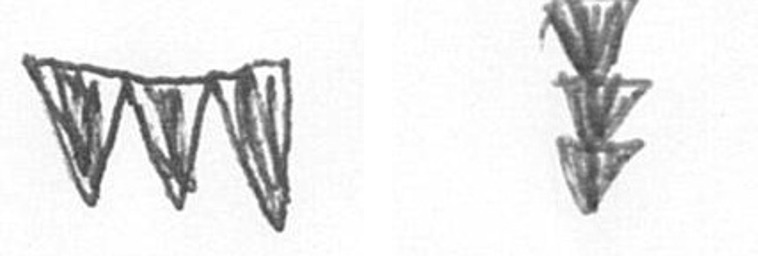
L E